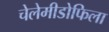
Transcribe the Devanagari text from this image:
चेलेमीडोफिला